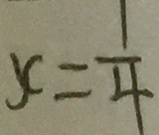
y = \frac { 1 } { 4 }